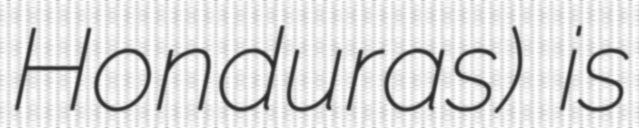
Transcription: Honduras) is